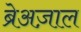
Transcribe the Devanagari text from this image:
ब्रेअज़ाल